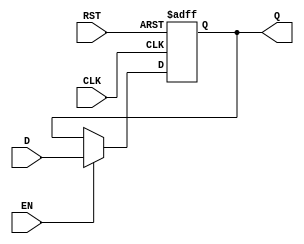
module StoreRegister (
    input wire D,        // Data Input
    input wire CLK,      // Clock Input
    input wire EN,       // Enable Input
    input wire RST,      // Asynchronous Reset
    output reg Q         // Data Output
);

// Asynchronous Reset and Clock Edge Logic
always @(posedge CLK or posedge RST) begin
    if (RST) begin
        Q <= 1'b0;      // Reset the output to 0
    end else if (EN) begin
        Q <= D;         // Capture the input data on clock edge if enabled
    end
    // If EN is low, Q retains its previous value
end

endmodule